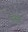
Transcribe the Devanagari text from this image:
ग्रिनहैम